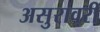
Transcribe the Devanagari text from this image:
असुरावरी